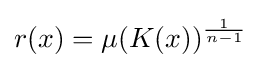
{\textstyle r(x)=\mu (K(x))^{\frac {1}{n-1}}}